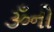
ૐનો